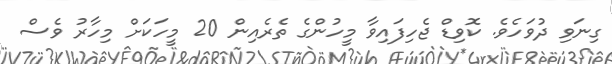
ގިނަވި ދުވަހެވެ. ކޮވިޑް ޖެހިފައިވާ މީހުންގެ ތެރެއިން 20 މީހަކަށް މިހާރު ވެސް